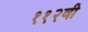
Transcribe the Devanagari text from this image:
११२वी